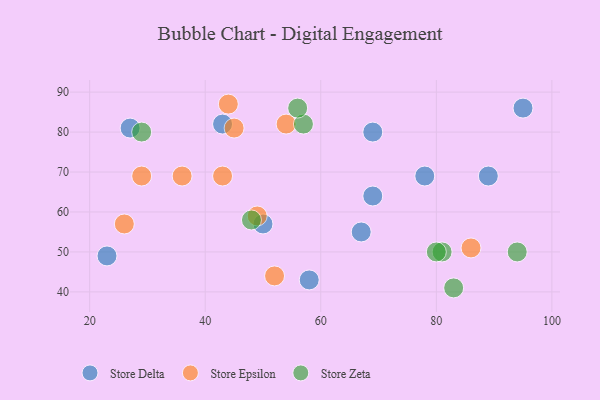
{"axis": {"x": "GDP", "y": "Life Expectancy"}, "legend": ["Store Delta", "Store Epsilon", "Store Zeta"], "data": [{"x": "69", "y": 80, "type": "Store Delta"}, {"x": "89", "y": 69, "type": "Store Delta"}, {"x": "27", "y": 81, "type": "Store Delta"}, {"x": "43", "y": 82, "type": "Store Delta"}, {"x": "58", "y": 43, "type": "Store Delta"}, {"x": "95", "y": 86, "type": "Store Delta"}, {"x": "50", "y": 57, "type": "Store Delta"}, {"x": "67", "y": 55, "type": "Store Delta"}, {"x": "23", "y": 49, "type": "Store Delta"}, {"x": "69", "y": 64, "type": "Store Delta"}, {"x": "78", "y": 69, "type": "Store Delta"}, {"x": "86", "y": 51, "type": "Store Epsilon"}, {"x": "45", "y": 81, "type": "Store Epsilon"}, {"x": "36", "y": 69, "type": "Store Epsilon"}, {"x": "29", "y": 69, "type": "Store Epsilon"}, {"x": "54", "y": 82, "type": "Store Epsilon"}, {"x": "52", "y": 44, "type": "Store Epsilon"}, {"x": "49", "y": 59, "type": "Store Epsilon"}, {"x": "44", "y": 87, "type": "Store Epsilon"}, {"x": "26", "y": 57, "type": "Store Epsilon"}, {"x": "43", "y": 69, "type": "Store Epsilon"}, {"x": "48", "y": 58, "type": "Store Zeta"}, {"x": "81", "y": 50, "type": "Store Zeta"}, {"x": "57", "y": 82, "type": "Store Zeta"}, {"x": "56", "y": 86, "type": "Store Zeta"}, {"x": "80", "y": 50, "type": "Store Zeta"}, {"x": "29", "y": 80, "type": "Store Zeta"}, {"x": "94", "y": 50, "type": "Store Zeta"}, {"x": "83", "y": 41, "type": "Store Zeta"}]}